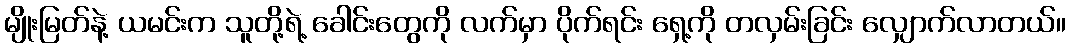
မျိုးမြတ်နဲ့ ယမင်းက သူတို့ရဲ့ ခေါင်းတွေကို လက်မှာ ပိုက်ရင်း ရှေ့ကို တလှမ်းခြင်း လျှောက်လာတယ်။